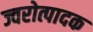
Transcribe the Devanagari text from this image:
ज्वरोत्पादक